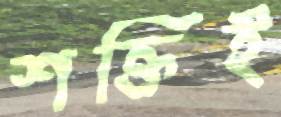
শক্তিই